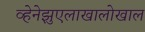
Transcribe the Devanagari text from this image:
व्हेनेझुएलाखालोखाल